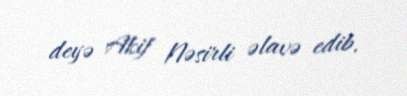
deyə Akif Nəsirli əlavə edib.